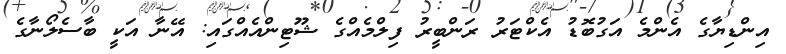
އިންޑިޔާގެ އެންމެ އަގުބޮޑު އެކްޓަރު ރަންބީރު ފިލްމެއްގެ ޝޫޓިންއެއްގައި: އޭނާ އަކީ ބާސެލޯނާގެ